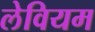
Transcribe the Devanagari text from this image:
लेवियम